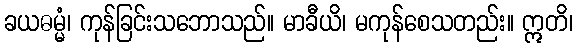
ခယဓမ္မံ၊ ကုန်ခြင်းသဘောသည်။ မာခီယိ၊ မကုန်စေသတည်း။ ဣတိ၊